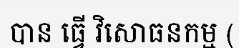
បាន ធ្វើ វិសោធនកម្ម (